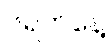
၆ရက်နေ့